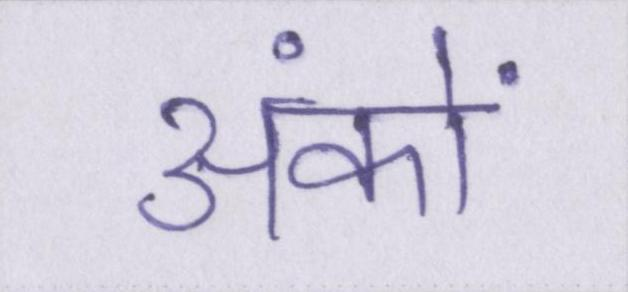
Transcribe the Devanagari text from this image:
अंकों